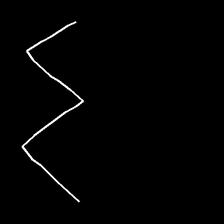
Glyph: crush